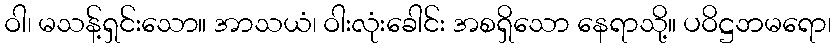
ဝါ၊ မသန့်ရှင်းသော။ အာသယံ၊ ဝါးလုံးခေါင်း အစရှိသော နေရာသို့။ ပဝိဋ္ဌဘမရော၊